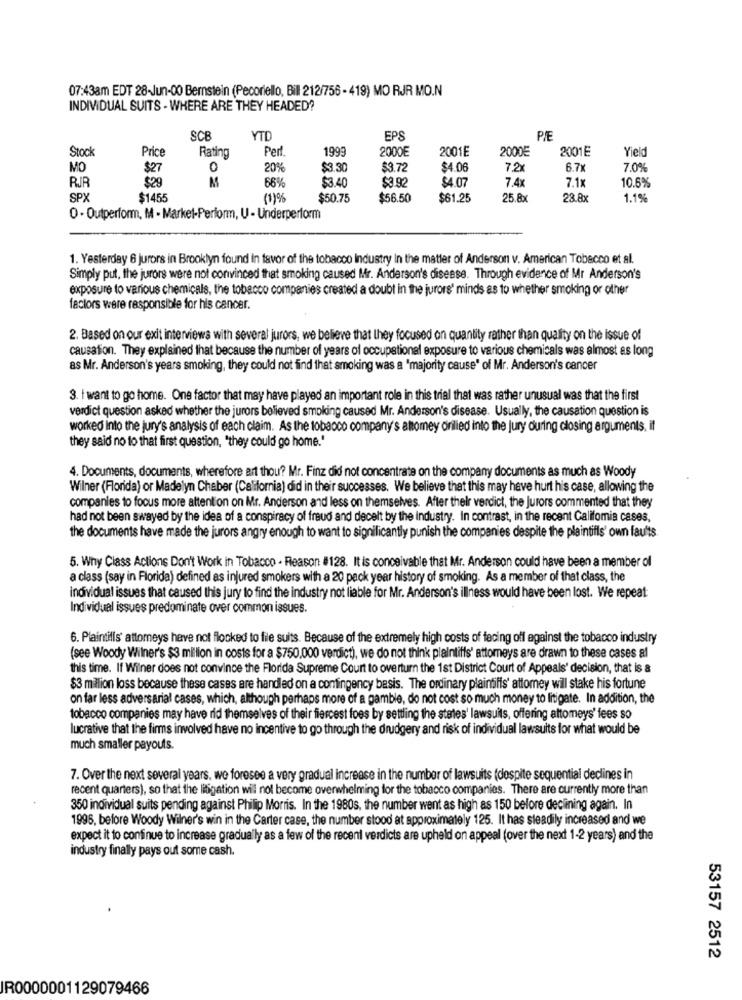
07:43am EDT 28-Jun-00 Bernstein (Pecoriello, Bill 212/756 - 419) MO RJR MO.N
INDIVIDUAL SUITS - WHERE ARE THEY HEADED?
SCE
YTD
EPS
P/E
Stock
Price
Rating
Per
1999
2000E
2001E
2000E
2001E
Yield
MO
$27
0
20%
$3.30
$3.72
$4.06
7.2x
6.7
7.0%
RJR
$29
M
669
$3.40
$3.92
$4.07
7.11
7.4x
10.6%
SPX
$1455
(1)%
$50.75
$56.50
$61.25
25.8
23.8x
1.1%
0 - Outperform, M - Market-Perform, U - Underperform
1. Yesterday 6 jurors in Brooklyn found in favor of the tobacco Industry In the matter of Anderson v. American Tobacco et al.
Simply put, the jurors were not convinced that smoking caused Mr. Anderson's disease. Through evidence of Mr Anderson's
exposure to various chemicals, the tobacco companies created a doubt in the jurors' minds as to whether smoking or other
factors were responsible for his cancer.
2. Based on our exit interviews with several jurors, we believe that they focused on quantity rather than quality on the issue of
causation. They explained that because the number of years of occupational exposure to various chemicals was almost as long
as Mr. Anderson's years smoking, they could not find that smoking was a "majority cause' of Mr. Anderson's cancer
3. I want to go home. One factor that may have played an important role in this trial that was rather unusual was that the first
verdict question asked whether the jurors believed smoking caused Mr. Anderson's disease. Usually, the causation question is
worked into the jury's analysis of each claim. As the tobacco company's attomey drilled into the Jury during closing arguments, it
they said no to that first question, "they could go home."
4. Documents, documents, wherefore art thou? Mr. Finz did not concentrate on the company documents as much as Woody
Wilner (Florida) or Madelyn Chaber (California) did in their successes. We believe that this may have hurt his case, allowing the
companies to focus more attention on Mr. Anderson and less on themselves. After their verdict, the Jurors commented that they
had not been swayed by the idea of a conspiracy of fraud and decelt by the industry. In contrast, in the recent Califomia cases,
the documents have made the jurors angry enough to want to significantly punish the companies despite the plaintiffs' own faults
5. Why Class Actions Don't Work in Tobacco - Reason #128. It is conceivable that Mr. Anderson could have been a member of
a class (say in Florida) defined as injured smokers with a 20 pack year history of smoking. As a member of that class, the
individual issues that caused this jury to find the industry not liable for Mr. Anderson's illness would have been lost. We repeat
Individual issues predominate over common issues.
6. Plaintills' attorneys have not flocked to file suits. Because of the extremely high costs of facing off against the tobacco industry
(see Woody Wilner's $3 million in costs for a $750.000 verdict), we do not think plaintiffs' attorneys are drawn to these cases al
this time. If Wilner does not convince the Florida Supreme Court to overturn the 1st District Court of Appeals' decision, that is &
$3 million loss because these cases are handled on a contingency basis. The ordinary plaintiffs' attomey wil stake his fortune
on far less adversarial cases, which, although perhaps more of a gamble, do not cost so much money to litigate. In addition, the
tobacco companies may have rid themselves of their fiercest foes by setting the states' lawsuits, offering attomeys'fees so
lucrative that the firms involved have no incentive to go through the drudgery and risk of individual lawsuits for what would be
much smaller payouts.
7. Over the next several years. we foresee a very gradual increase in the number of lawsuits (despite sequential declines in
recent quarters), so that the litigation will not become overwhelming for the tobacco companies. There are currently more than
350 individual suits pending against Philip Morris. In the 1980s, the number went as high as 150 before declining again. In
1995, before Woody Wilner's win in the Carter case, the number stood at approximately 125. It has steadily increased and we
expect it to continue to increase gradually as a few of the recent verdicts are upheld on appeal (over the next 1-2 years) and the
industry finally pays out some cash.
53157 2512
IR0000001129079466